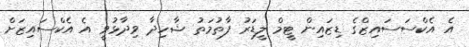
އެ އެކްސަސައިޒްގެ ޑިޒައިން ޓީމް ލީޑަރު ފާތުމަތު ޝާހިދާ ވިދާޅުވީ އެ އެކްސައިޒަށް